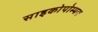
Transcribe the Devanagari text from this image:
साइकोपोम्पस